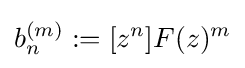
b_{n}^{(m)}:=[z^{n}]F(z)^{m}